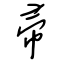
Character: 帚